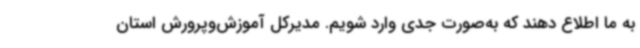
به ما اطلاع دهند که به‌صورت جدی وارد شویم. مدیرکل آموزش‌وپرورش استان